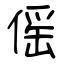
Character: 傜